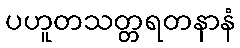
ပဟူတသတ္တရတနာနံ